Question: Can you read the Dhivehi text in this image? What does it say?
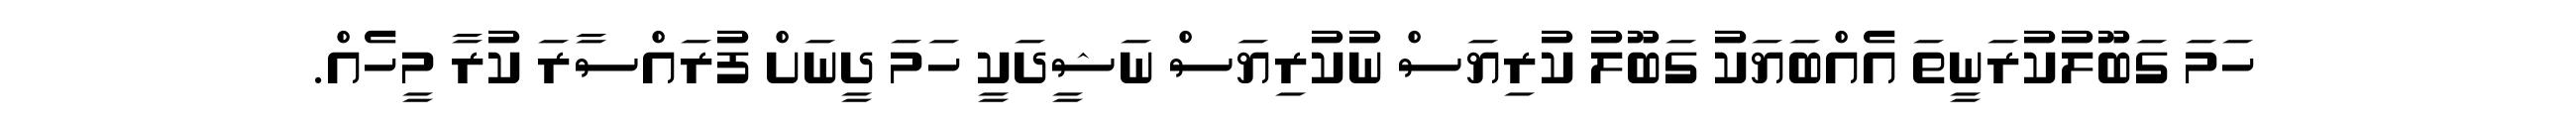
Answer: ހަމަ ގަބޫލުކުރަނީތަ އެއްބަޔަކު ގަބޫލު ކުރިޔަސް ނުކުރިޔަސް ނަޝީދަކީ ހަމަ ދީނަށް ފުރައްސާރަ ކުރާ މީހެއް.